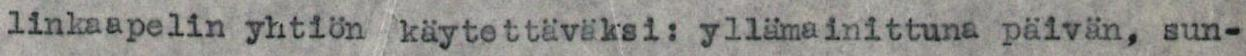
linkaapelin yhtiön käytettäväksi: yllämainittuna päivän, sun-